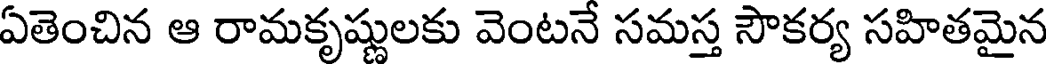
ఏతెంచిన ఆ రామకృష్ణులకు వెంటనే సమస్త సౌకర్య సహితమైన